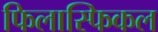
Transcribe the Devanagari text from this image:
फिलास्फिकल